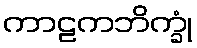
ကာဠကဘိက္ခုံ